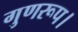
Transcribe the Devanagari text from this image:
गुणरूप।